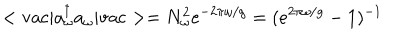
LaTeX: < \mathrm { v a c } | a _ { \omega } ^ { \dagger } a _ { \omega } | \mathrm { v a c } > = N _ { \omega } ^ { 2 } e ^ { - 2 \pi \omega / g } = ( e ^ { 2 \pi \omega / g } - 1 ) ^ { - 1 }